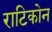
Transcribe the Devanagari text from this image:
राटिकोन